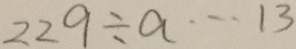
2 2 9 \div a \cdots 1 3